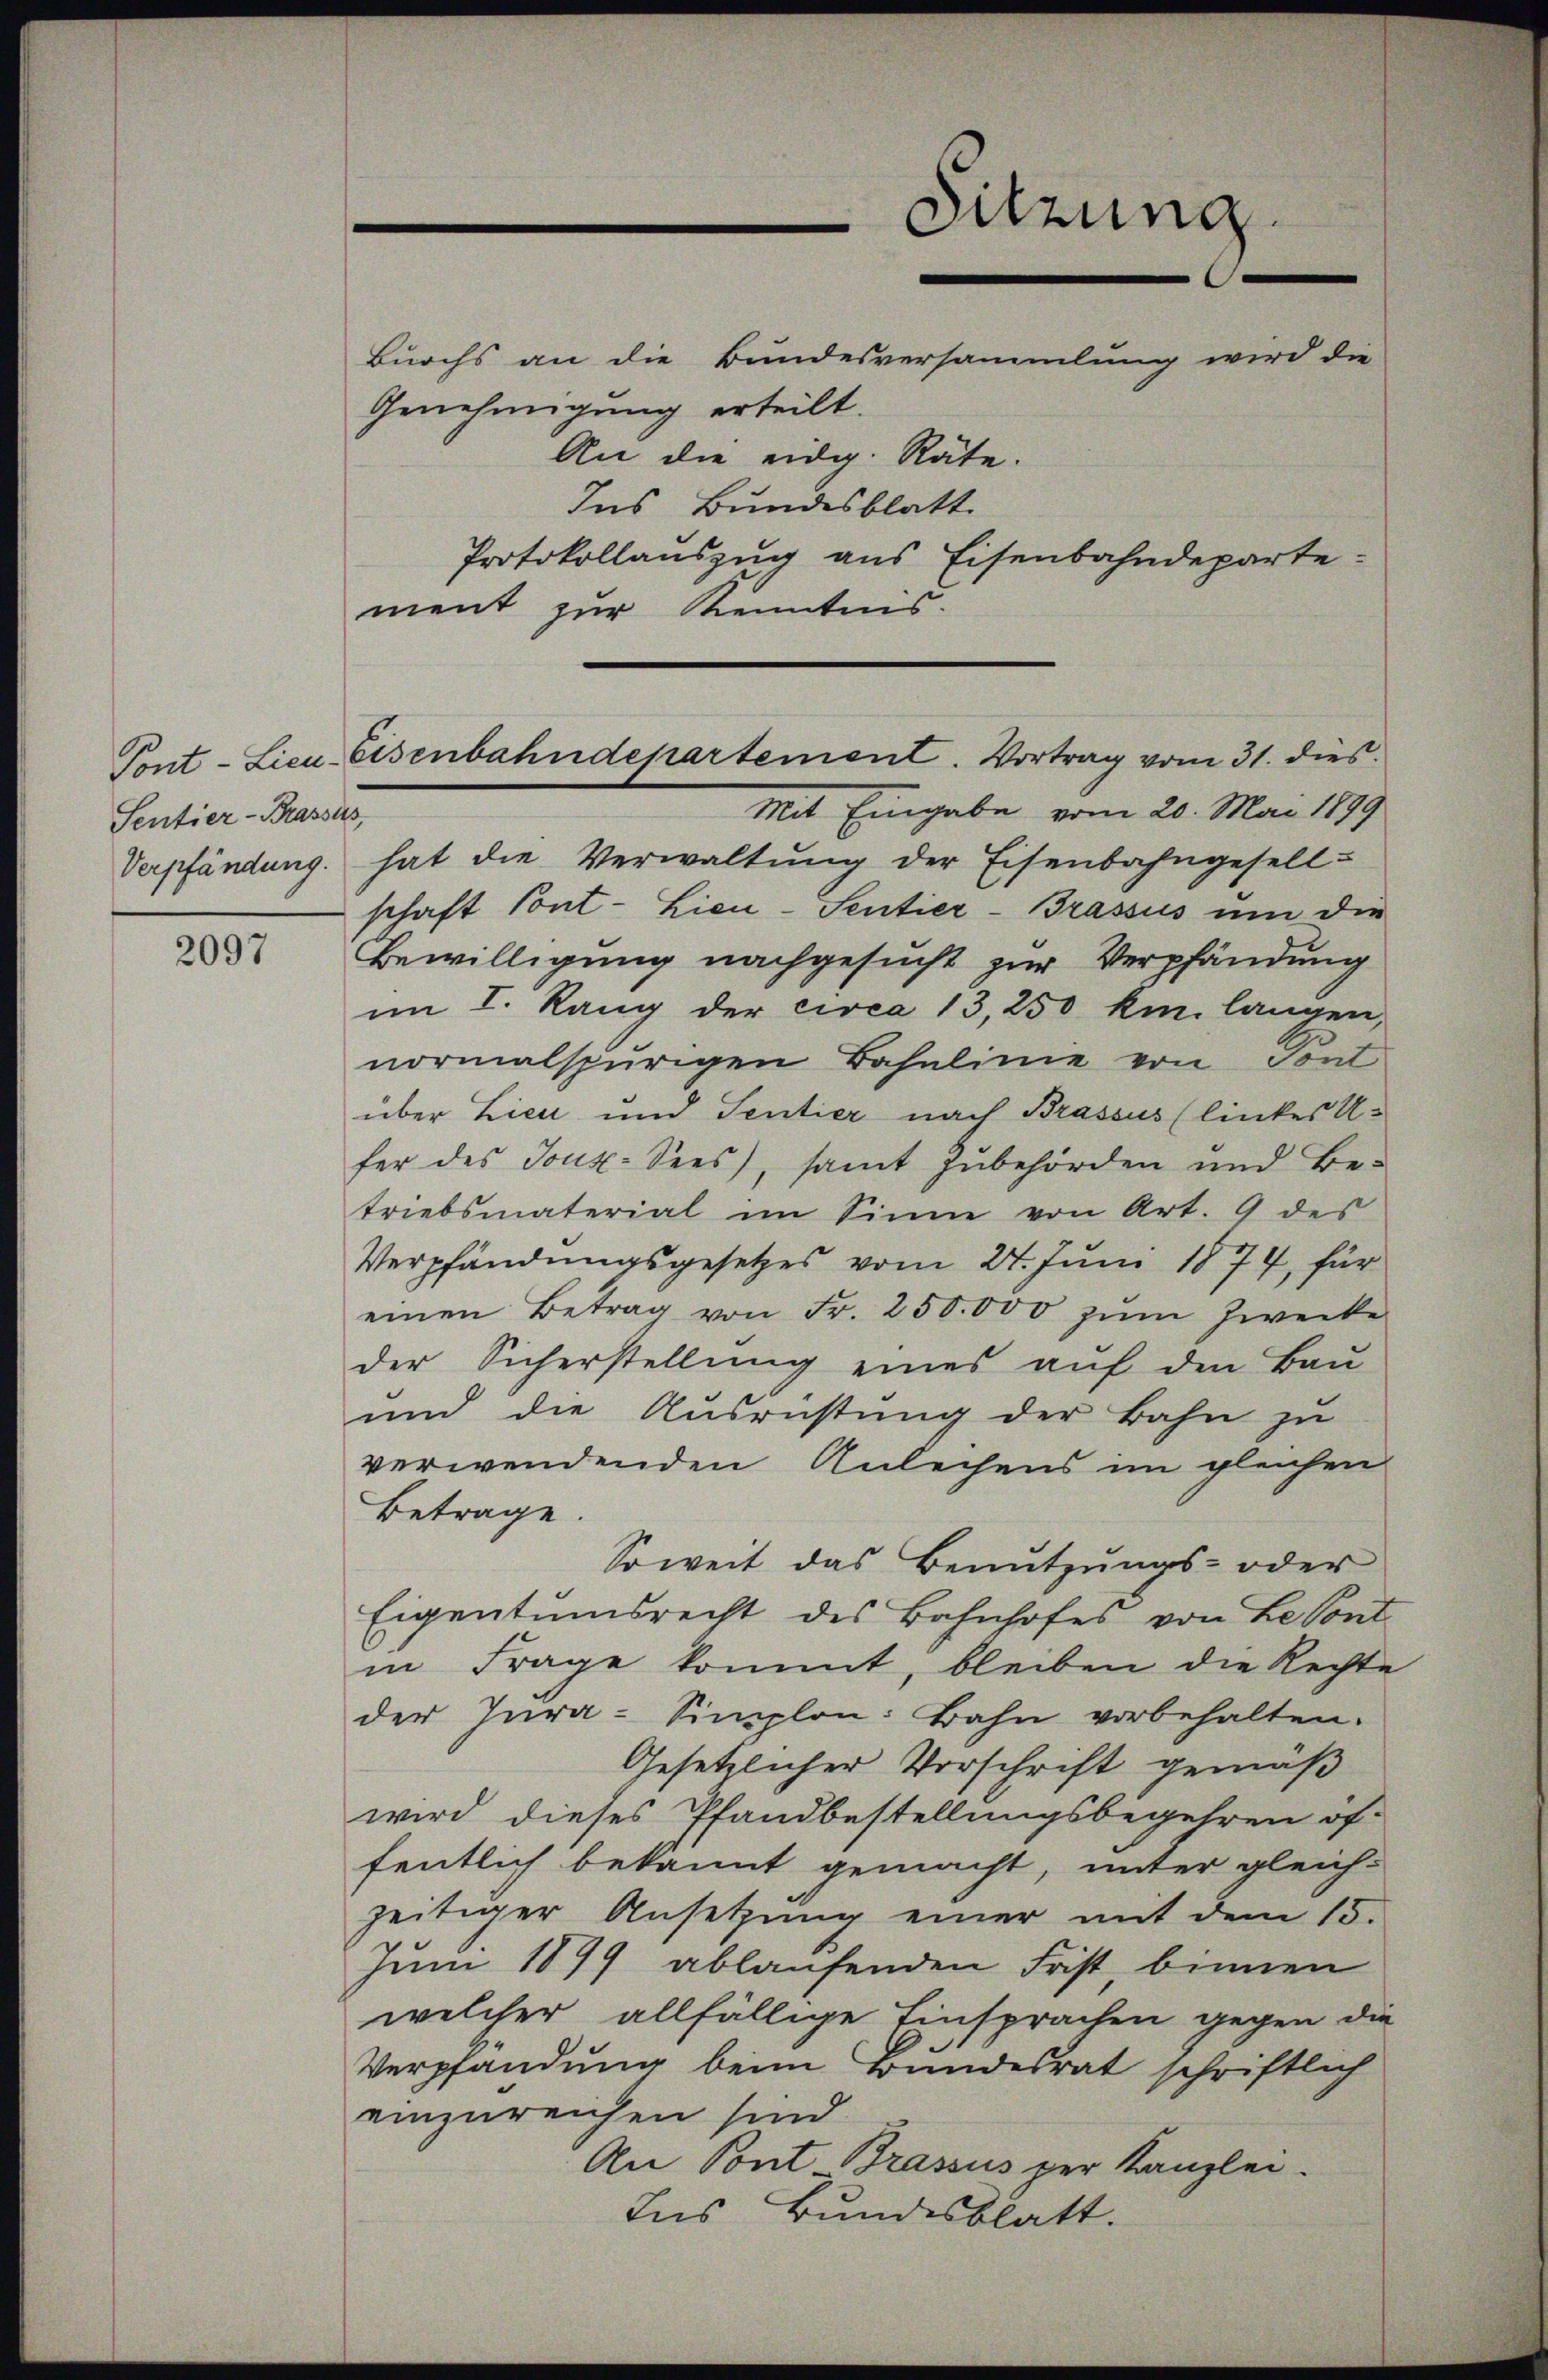
Sentier-Brassus,

2097

Genehmigung erteilt.
An die eidg. Räte.
Ins Bundesblatt.
ment zur Kenntnis.

Sitzung
Buochs an die Bundesversammlung wird die
Protokollauszug aus Eisenbahndeparte¬

Mit Eingabe vom 20. Mai 1899
Verpfändung hat die Verwaltŭng der Eisenbahngesell-
schaft Pont-Lieu-Sentier-Brassis ŭm die
Bewilligung nachgesucht zur Verpfändung
im I. Rang der circa 13, 250 km. langen,
normalspurigen Bahnlinie von Tont
über Lieu und Sentier nach Brassus (linkes U
fer des Joux- Sees, samt Zubehörden und Be-
triebsmaterial im Sinne von Art. 9 des
Verpfändungsgesetzes vom 24. Juni 1874, für
einen Betrag von Fr. 250,000 zŭm Zwecke
der Sicherstellŭng eines aŭf den Baŭ-
und die Ausrüstung der Bahn zu
verwendenden Anleihens im gleichen
Betrage.
Soweit das Benŭtzŭngs- oder
Eigentumsrecht des Bahnhofes von Le sont
in Frage kommt, bleiben die Rechte
der Jura-Simplon: Bahn vorbehalten.
Gesetzlicher Vorschrift gemäß
wird dieses Pfandbestellungsbegehren öf-
fentlich bekannt gemacht, unter gleich-
zeitiger Ansetzŭng einer mit dem 15.
Jum 1899 ablaufenden Frist, binnen
welcher allfällige Einsprachen gegen die
Verpfandung beim Bundesrat schriftlich
einzureichen sind
Au Pont Brassus per Kanzlei.
Ins Bundesblatt.

Pont-Licu-Eisenbahndepartement. Vortrag vom 31. dies